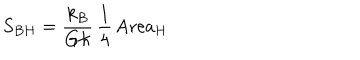
S _ { B H } = \frac { k _ { B } } { G \hbar } \, \frac { 1 } { 4 } \, \mathrm { A r e a } _ { H }